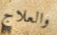
والعلاج